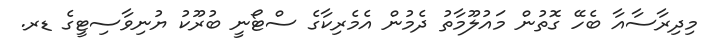
މިދިރާސާއާ ބެހޭ ގޮތުން މައުލޫމާތު ދެމުން އެމެރިކާގެ ސްޓޯނީ ބުރޫކު ޔުނިވާސިޓީގެ ޑރ.